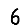
Digit: 6